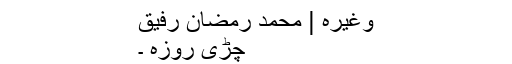
وغیرہ | محمد رمضان رفیق
چڑی روزہ ۔